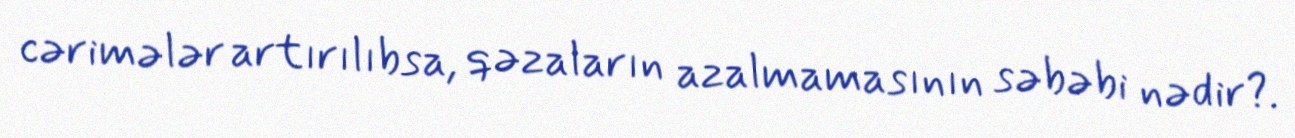
cərimələr artırılıbsa, qəzaların azalmamasının səbəbi nədir?.